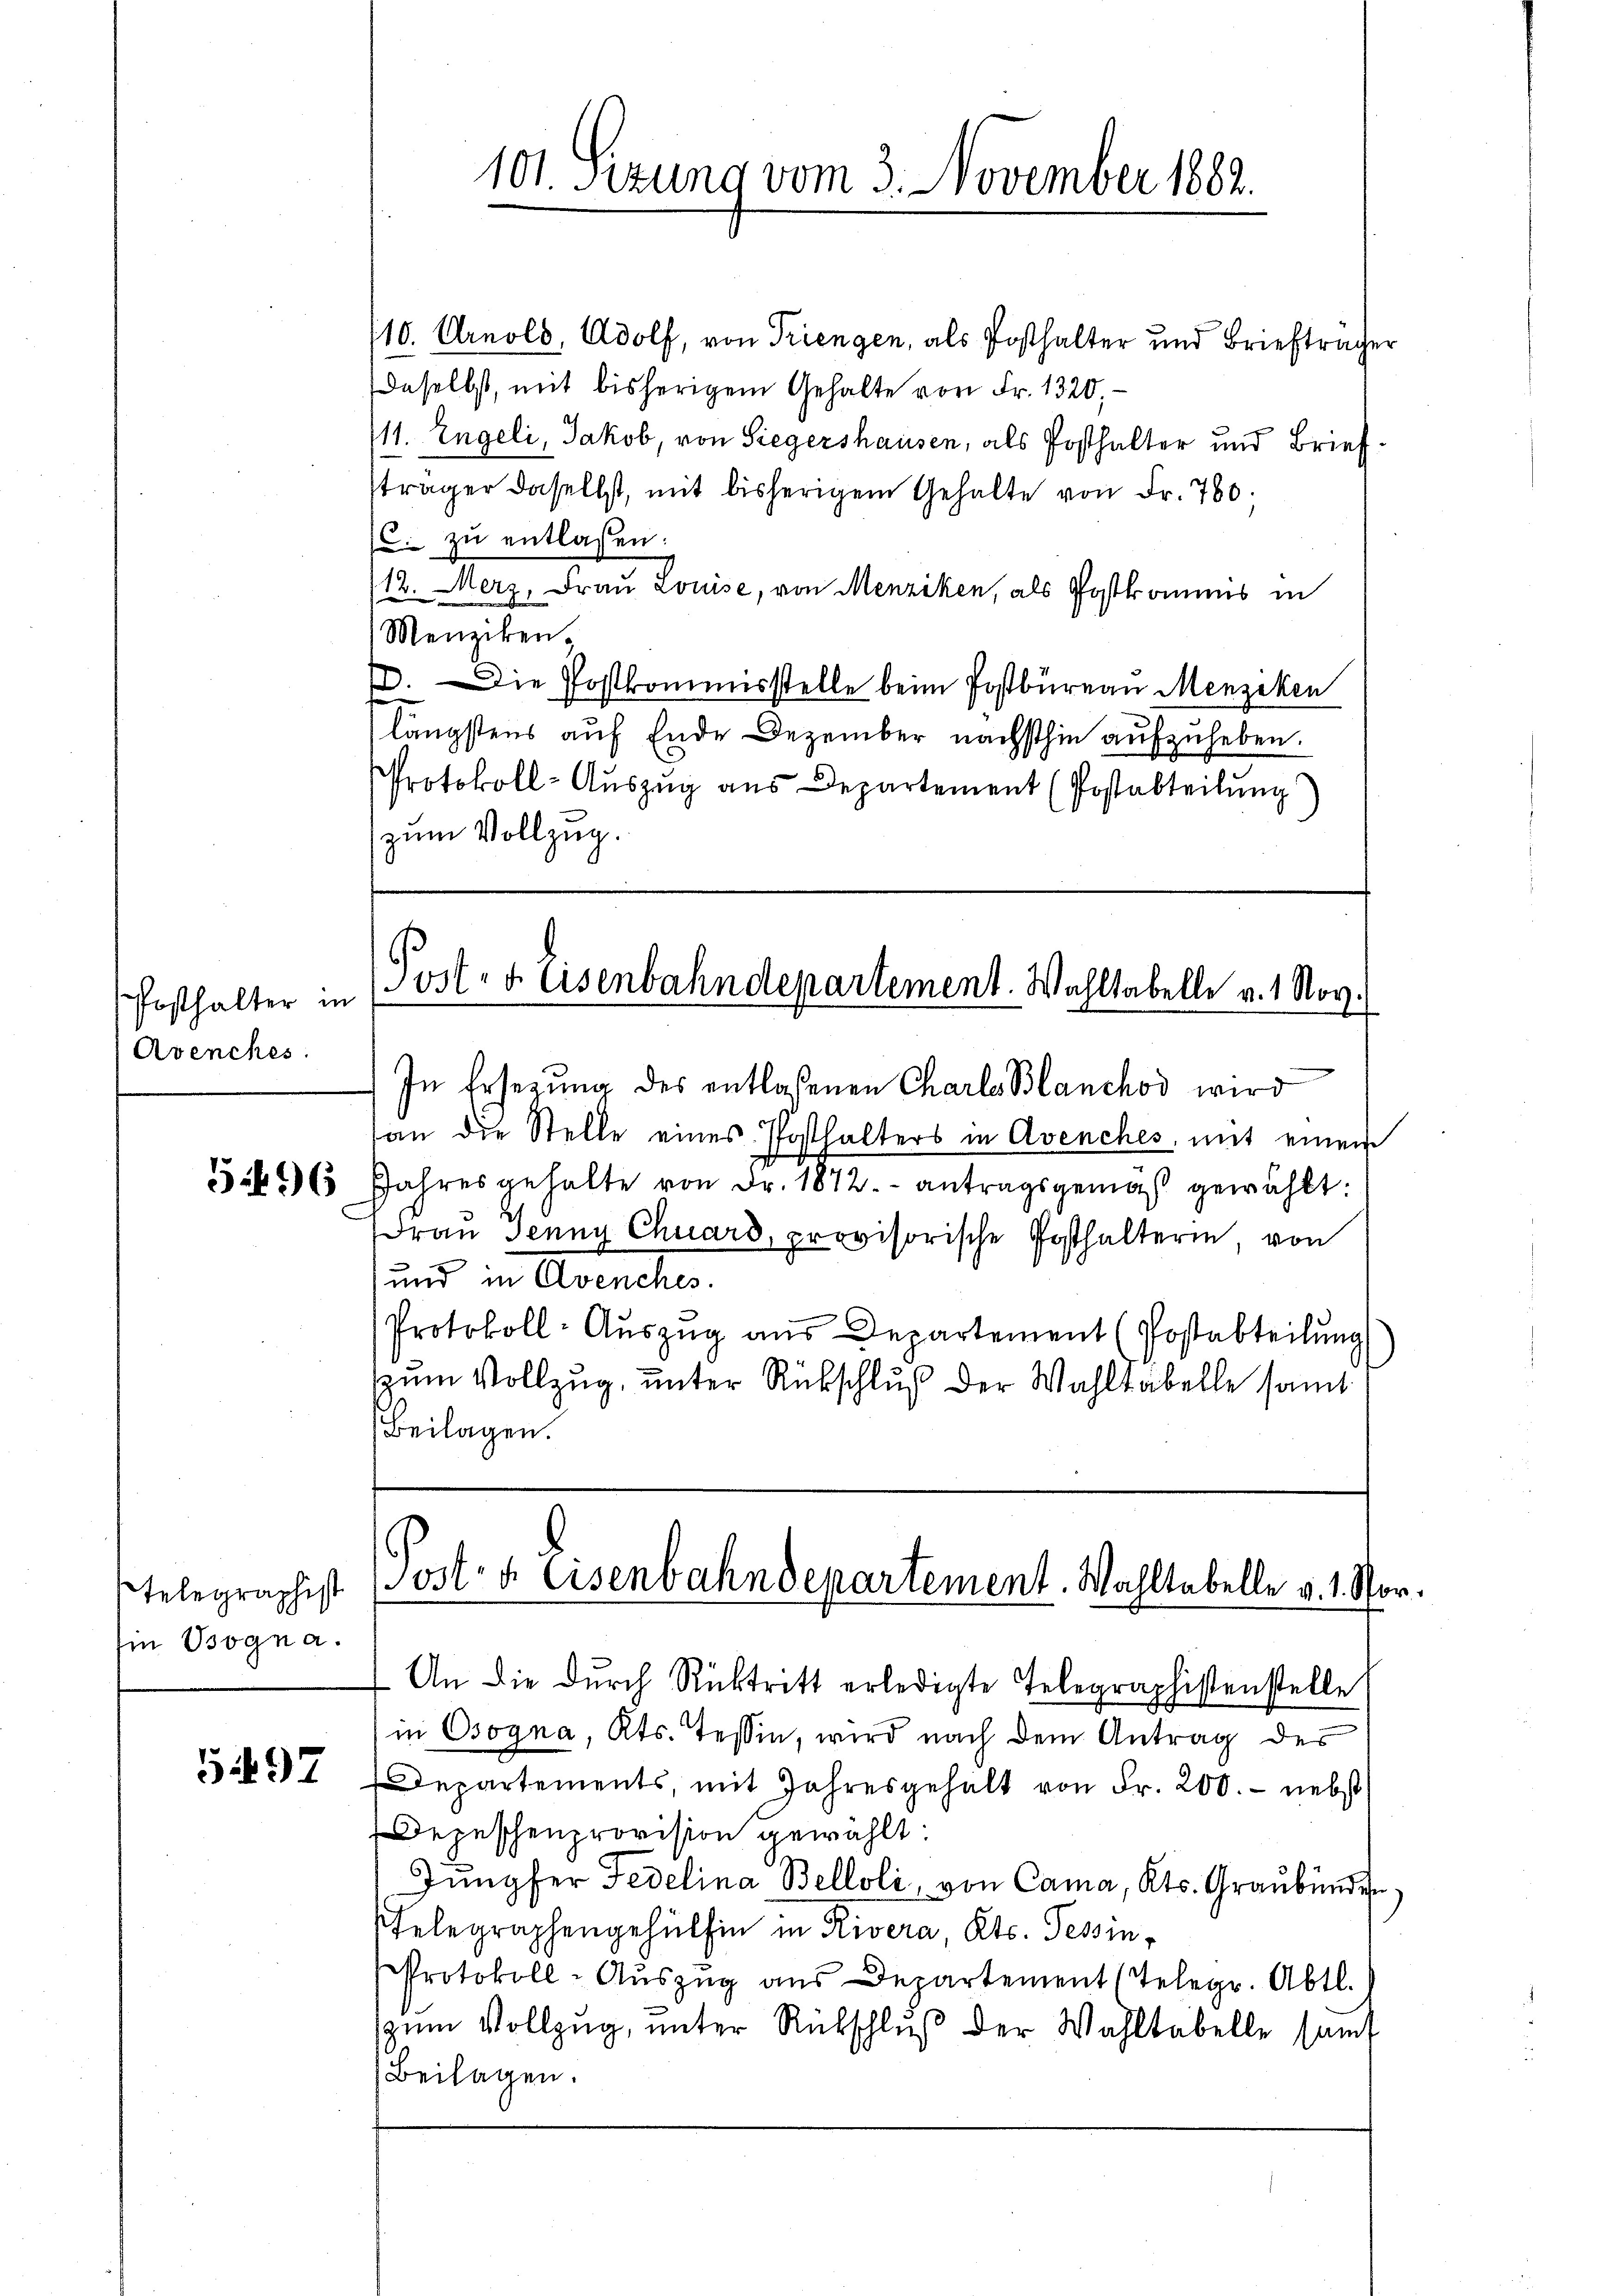
Posthalter in
Avenches.

5:496

Telegraphist
in sogna.

5497

101 Sizung vom 3. November 1882.

10. Arnold, Adolf, von Triengen, als Posthalter und Briefträger
daselbst, mit bisherigem Gehalte von Fr. 1320,
11. Engeli, Jakob, von Siegershausen, als Posthalter und Brief
sträger daselbst, mit bisherigem Gehalte von Fr. 760.
C. zu entlassen:
12. Merz, Frau Louise, von Menziken, als Postkamms in
Menziken.
Die Postkommisstelle beim Postbüreau Menziken
s
längstens auf Ende Dezember nächsthin aufzuheben.
Protokoll-Auszug aus Departement (Postabteilung
zum Vollzug.

Post- & Eisenbahndepartement. Wahltabelle v. 1. Nov.
In Ersetzŭng des entlassenen Charle Blanchod wird
an die Stelle eines Posthalters in Avenches, mit einem

Jahres gehalte von Fr. 1872. antragsgemäß gewählt:
Frau Jenny Chuard, provisorische Posthalterin, von
und in Avenches.
Protokoll-Auszug aus Departement (Postabteilung
zum Vollzug, unter Rückschluß der Wahltabelle samt
Beilagen.

An die durch Rücktritt erledigte Telegraphistenstelle
in Osogna, Kts. Tessin, wird nach dem Antrag des
Departements, mit Jahresgehalt von Fr. 200. - nebst
Depeschenprovision gewählt:
Jungfer Fedelina Belloli, von Cama, Kts. Graubünden
Pfelegraphengehülfen in Rivera, Kts. Tessin¬
Protokoll-Aŭszŭg ans Departement (Telegr. Abtl.
zŭm Vollzug, unter Rutschluß der Wahltabelle samt
Beilagen.

Post- u. Eisenbahndepartement. Wahltabelle v. 1. Vor¬